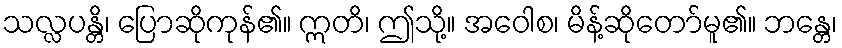
သလ္လပန္တိ၊ ပြောဆိုကုန်၏။ ဣတိ၊ ဤသို့။ အဝေါစ၊ မိန့်ဆိုတော်မူ၏။ ဘန္တေ၊